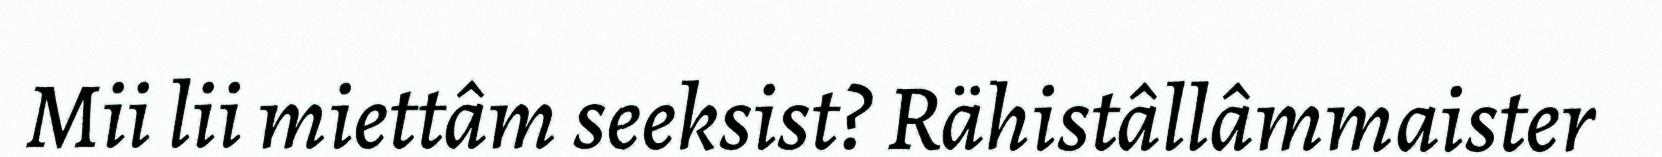
Mii lii miettâm seeksist? Rähistâllâmmaister